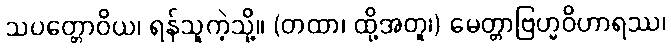
သပတ္တောဝိယ၊ ရန်သူကဲ့သို့။ (တထာ၊ ထို့အတူ၊) မေတ္တာဗြဟ္မဝိဟာရဿ၊